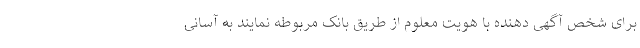
برای شخص آگهی دهنده با هویت معلوم از طریق بانک مربوطه نمایند به آسانی